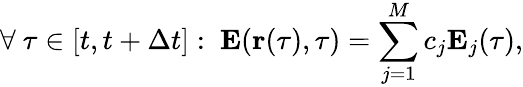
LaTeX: \forall\ \tau\in[t,t+\Delta t]:\ \mathbf{E}(\mathbf{r}(\tau),\tau)=\sum_{j=1}^{M}c_{j}\mathbf{E}_{j}(\tau),